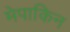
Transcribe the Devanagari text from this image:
मेपाकिन